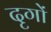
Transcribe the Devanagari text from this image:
दृगों